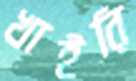
খাইরি